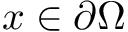
x \in \partial \Omega